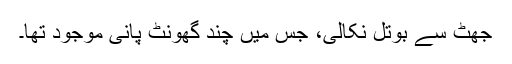
جھٹ سے بوتل نکالی، جس میں چند گھونٹ پانی موجود تھا۔